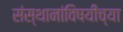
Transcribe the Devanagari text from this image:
संस्थानांविषयीच्या